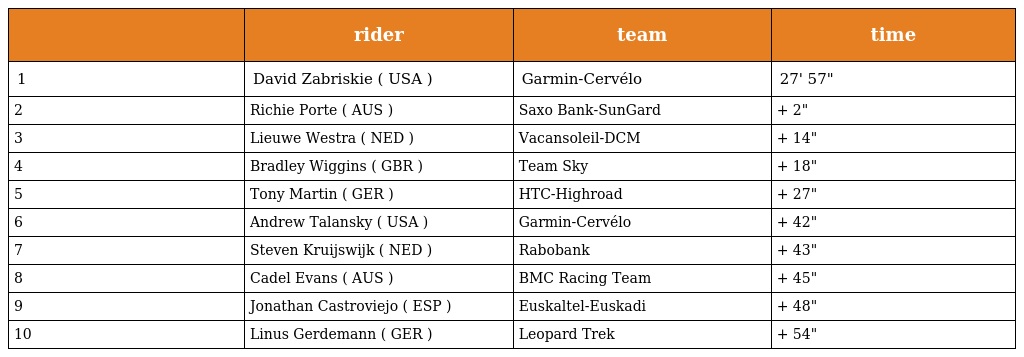
|  | rider | team | time |
 | --- | --- | --- | --- |
 | 1 | David Zabriskie ( USA ) | Garmin-Cervélo | 27' 57" |
 | 2 | Richie Porte ( AUS ) | Saxo Bank-SunGard | + 2" |
 | 3 | Lieuwe Westra ( NED ) | Vacansoleil-DCM | + 14" |
 | 4 | Bradley Wiggins ( GBR ) | Team Sky | + 18" |
 | 5 | Tony Martin ( GER ) | HTC-Highroad | + 27" |
 | 6 | Andrew Talansky ( USA ) | Garmin-Cervélo | + 42" |
 | 7 | Steven Kruijswijk ( NED ) | Rabobank | + 43" |
 | 8 | Cadel Evans ( AUS ) | BMC Racing Team | + 45" |
 | 9 | Jonathan Castroviejo ( ESP ) | Euskaltel-Euskadi | + 48" |
 | 10 | Linus Gerdemann ( GER ) | Leopard Trek | + 54" |